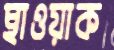
ছাওয়াক